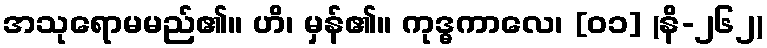
အသုရောမမည်၏။ ဟိ၊ မှန်၏။ ကုဒ္ဓကာလေ၊ [၀၁] (နိ-၂၆၂)